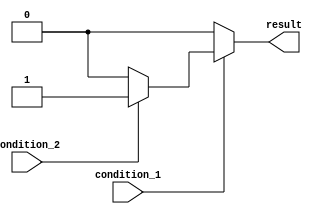
module nested_if_else (
    input wire condition_1,
    input wire condition_2,
    output wire result
);

    reg result;

    always @(*) begin
        if (condition_1) begin
            if (condition_2) begin
                result = 1; // Both condition_1 and condition_2 are true
            end
            else begin
                result = 0; // Only condition_1 is true
            end
        end
        else begin
            result = 0; // condition_1 is false
        end
    end

endmodule